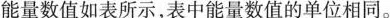
能量数值如表所示，表中能量数值的单位相同。